Riigikantselei, lk 406
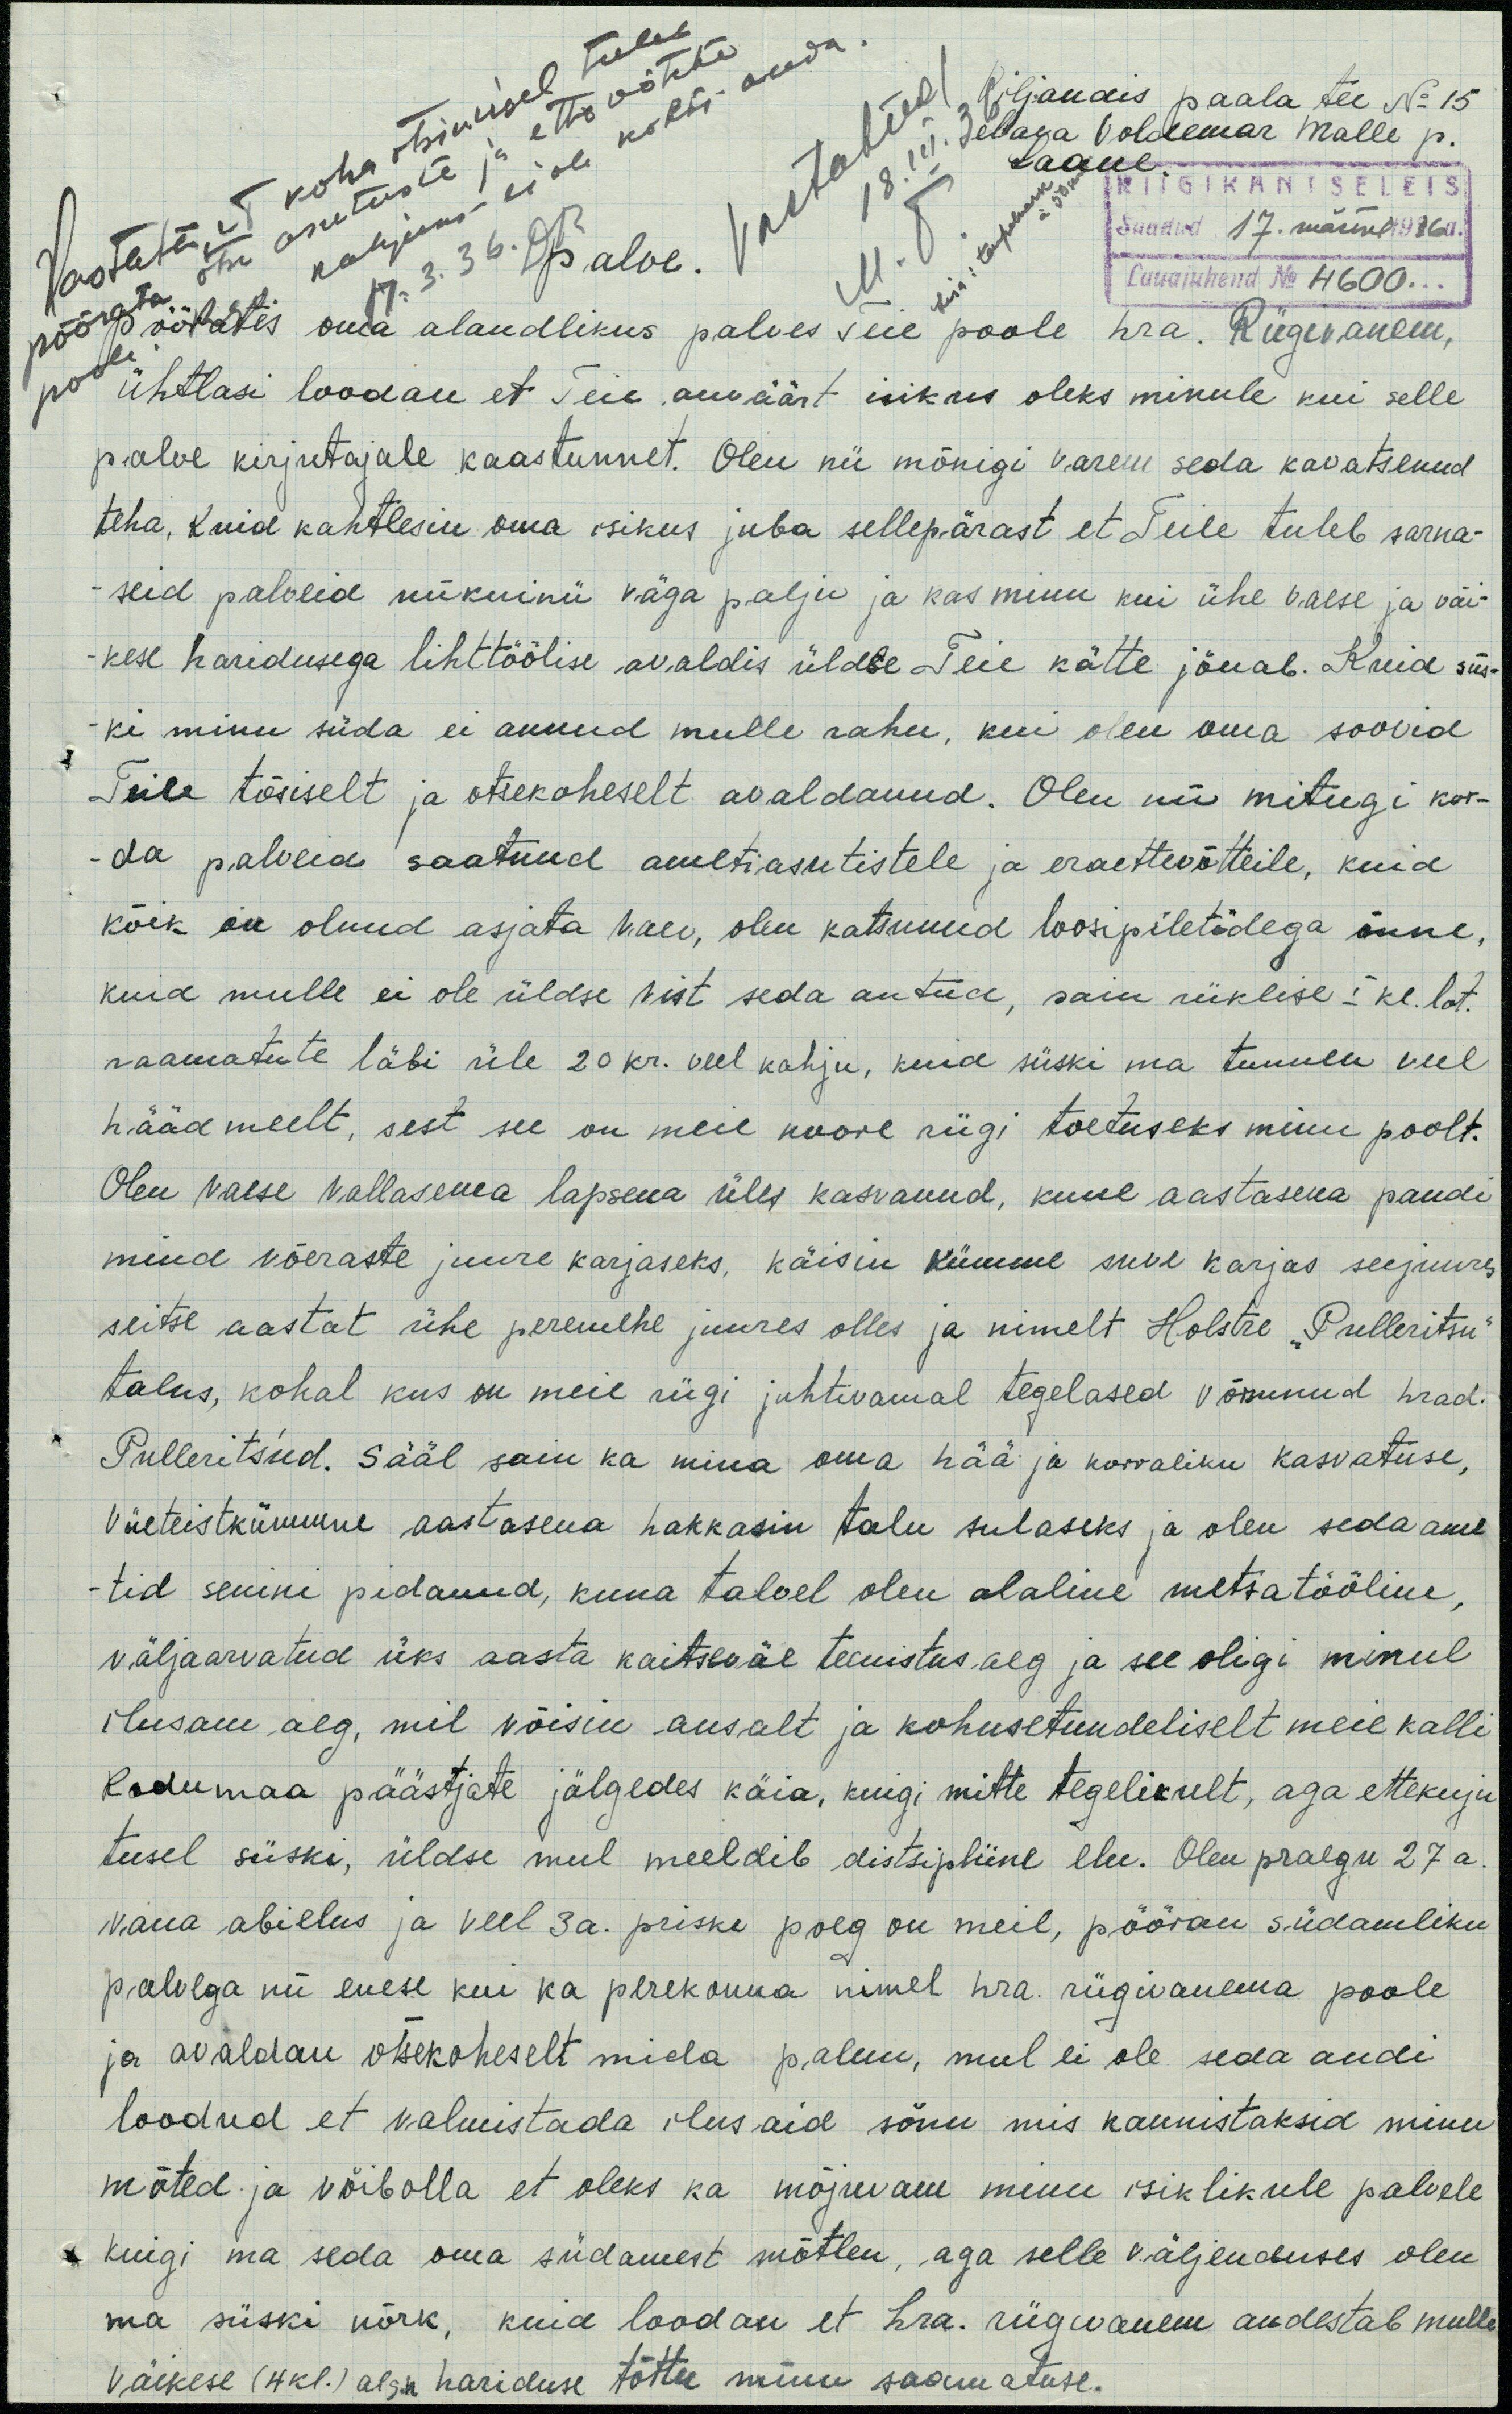
Vaga Voldemar Malle p.
Wiljandis paala tee N 15
Laane. RIIGIKANTSELEIS
Saadud 17. märtsil 1936 a.
Lauajuhend No 4600...
Pöörates oma alandlikus palves Teie poole hra. Riigivanem,
ühtlasi loodan et Teie auväärt isikus oleks minule kui selle
palve kirjutajale kaastunnet. Olen nii mõnigi varem seda kavatsenud
teha, kuid kahtlesin oma isikus juba sellepärast et Teile tuleb sarna-
seid palveid niikuinii väga palju ja kas minu kui ühe vaese ja väi-
kese haridusega lihttöölise avaldis üldse Teie kätte jõuab. Kuid siis-
ki minu süda ei annud mulle rahu, kui olen oma soovid
Teile tõsiselt ja otsekoheselt avaldanud. Olen nii mitugi kor-
da palveid saatnud ametiasutistele ja eraettevõtteile, kuid
kõik on olnud asjata vaev, olen katsunud loosipiletidega õnne,
kuid mulle ei ole üldse vist seda antud, sain riiklise I kl. lot.
raamatute läbi üle 20 kr. veel kahju, kuid siiski ma tunnen veel
hääd meelt, sest see on meie noore riigi toetuseks minu poolt.
Olen vaese vallasema lapsena üles kasvanud, kuue aastasena pandi
mind võeraste juure karjaseks, käisin kümme suve karjas seejuures
seitse aastat ühe peremehe juures olles ja nimelt Holstre "Pulleritsu
talus, kohal kus on meie riigi juhtivamal tegelased võrsunud hrad.
Pullerits'ud. Sääl sain ka mina oma hää ja korraliku kasvatuse,
viieteistkümmne aastasena hakkasin talu sulaseks ja olen seda ame
-tid senini pidanud, kuna talvel olen alaline metsatööline,
väljaarvatud üks aasta kaitseväe teenistus aeg ja see oligi minul
ilusam aeg, mil võisin ausalt ja kohusetundeliselt meie kalli
kodumaa päästjate jälgedes käia, kuigi mitte tegelikult, aga ettekuju
tusel siiski, üldse mul meeldib distsipliine elu. Olen praegu 27 a.
vana abielus ja veel 3 a. priske poeg on meil, pööran südamliku
palvega nii enese kui ka perekonna nimel hra. riigivanema poole
ja avaldan otsekoheselt mida palun, mul ei ole seda andi
loodud et valmistada ilusaid sõnu mis kaunistaksid minu
mõted ja võibolla et oleks ka mõjuvam minu isiklikule palvele
kuigi ma seda oma südamest mõtlen, aga selle väljenduses olen
ma siiski nõrk, kuid loodan et hra. riigivanem andestab mulle
väikese (4 kl.) alg.k hariduse tõttu minu saamatuse.